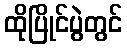
ထိုပြိုင်ပွဲတွင်